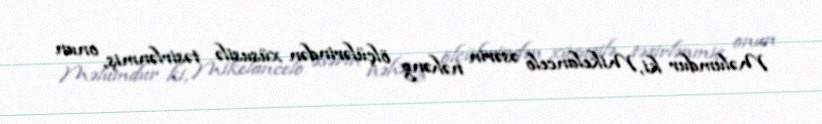
Məlumdur ki, Mikelancelo əsərin nəhəng ölçülərindən xüsusilə təsirlənmiş, onun